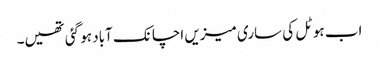
اب ہوٹل کی ساری میزیں اچانک آباد ہو گئی تھیں۔